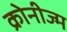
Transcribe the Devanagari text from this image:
क्रोनीज्म